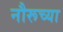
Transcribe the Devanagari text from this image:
नौरूच्या